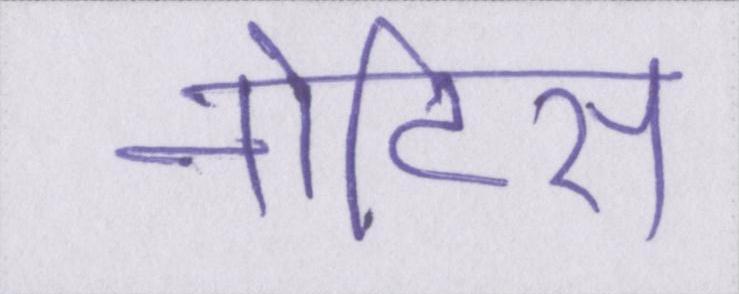
नोटिस